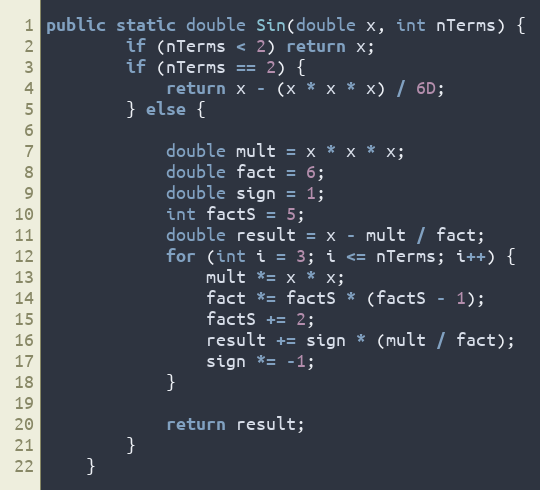
Language: Java
public static double Sin(double x, int nTerms) {
        if (nTerms < 2) return x;
        if (nTerms == 2) {
            return x - (x * x * x) / 6D;
        } else {

            double mult = x * x * x;
            double fact = 6;
            double sign = 1;
            int factS = 5;
            double result = x - mult / fact;
            for (int i = 3; i <= nTerms; i++) {
                mult *= x * x;
                fact *= factS * (factS - 1);
                factS += 2;
                result += sign * (mult / fact);
                sign *= -1;
            }

            return result;
        }
    }